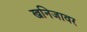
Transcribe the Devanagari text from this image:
खनिजावर